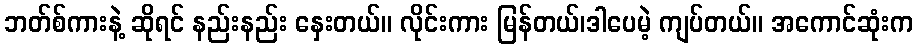
ဘတ်စ်ကားနဲ့ ဆိုရင် နည်းနည်း နှေးတယ်။ လိုင်းကား မြန်တယ်၊ဒါပေမဲ့ ကျပ်တယ်။ အကောင်ဆုံးက